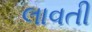
લાવતી